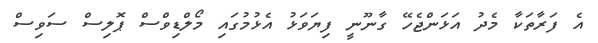
އެ ފަރާތަކާ މެދު އަޅަންޖެހޭ ގާނޫނީ ފިޔަވަޅު އެޅުމުގައި މޯލްޑިވްސް ޕޮލިސް ސަވިސް